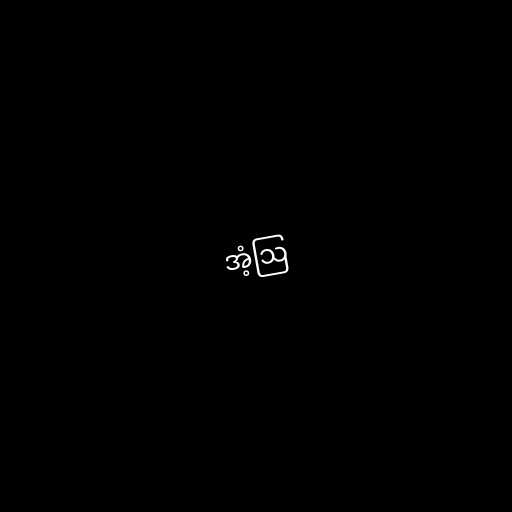
အံ့ဩ